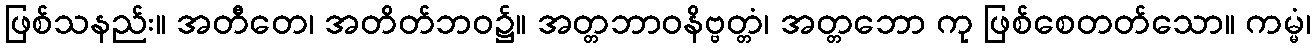
ဖြစ်သနည်း။ အတီတေ၊ အတိတ်ဘဝ၌။ အတ္တဘာဝနိဗ္ဗတ္တံ၊ အတ္တဘော ကု ဖြစ်စေတတ်သော။ ကမ္မံ၊